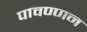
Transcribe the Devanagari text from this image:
पावण्णन